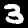
Label: 3